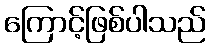
ကြောင့်ဖြစ်ပါသည်